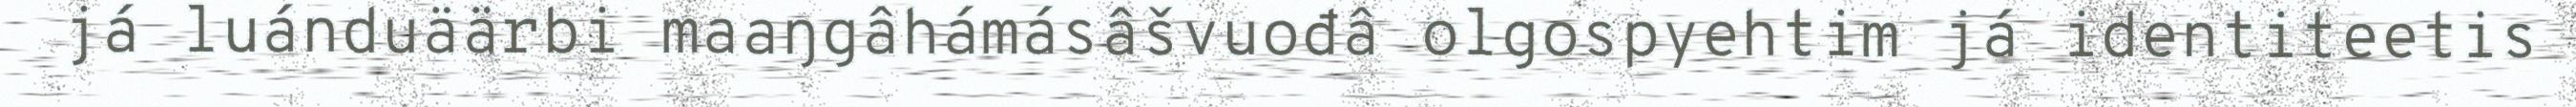
já luánduäärbi maaŋgâhámásâšvuođâ olgospyehtim já identiteetis